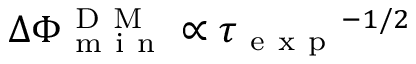
\Delta \Phi _ { \mathrm { ~ m ~ i ~ n ~ } } ^ { \mathrm { ~ D ~ M ~ } } \propto { \tau _ { \mathrm { ~ e ~ x ~ p ~ } } } ^ { - 1 / 2 }